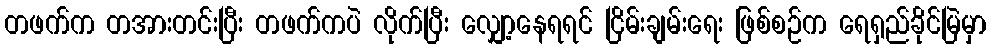
တဖက်က တအားတင်းပြီး တဖက်ကပဲ လိုက်ပြီး လျှော့နေရရင် ငြိမ်းချမ်းရေး ဖြစ်စဉ်က ရေရှည်ခိုင်မြဲမှာ